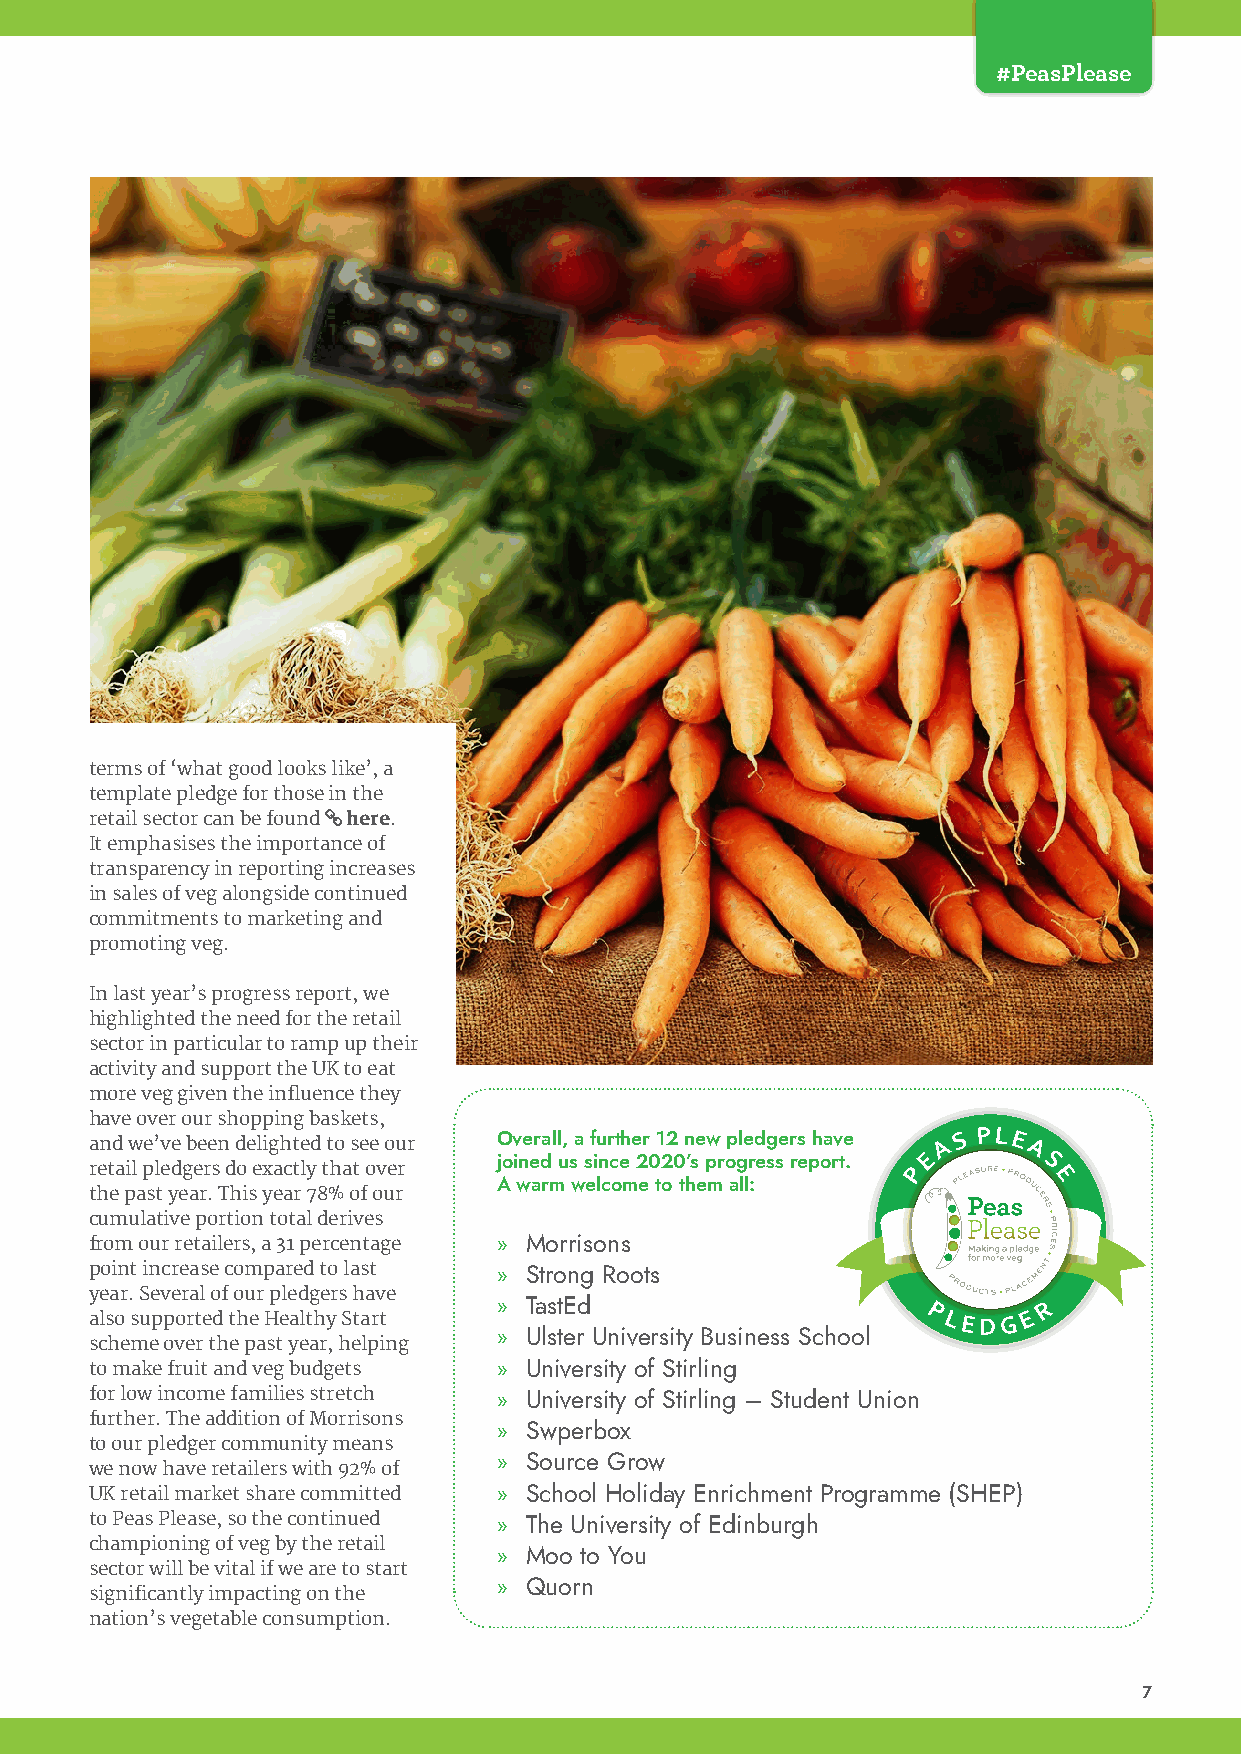
#PeasPlease
 terms of ‘what good looks like’, a
 template pledge for those in the
 retail sector can be found here.
 It emphasises the importance of
 transparency in reporting increases
 in sales of veg alongside continued
 commitments to marketing and
 promoting veg.
 In last year’s progress report, we
 highlighted the need for the retail
 sector in particular to ramp up their
 activity and support the UK to eat
 more veg given the influence they
 have over our shopping baskets,
 and we’ve been delighted to see our Overall, a further 12 new pledgers have E A S PLE A
 joined us since 2020’s progress report. S
 retail pledgers do exactly that over                  P
 E
 A warm welcome to them all:
 the past year. This year 78% of our
 cumulative portion total derives
 from our retailers, a 31 percentage » Morrisons
 point increase compared to last » Strong Roots
 year. Several of our pledgers have
 » TastEd                            R
 also supported the Healthy Start                       PLED G E
 » Ulster University Business School
 scheme over the past year, helping
 to make fruit and veg budgets » University of Stirling
 for low income families stretch » University of Stirling – Student Union
 further. The addition of Morrisons
 » Swperbox
 to our pledger community means
 » Source Grow
 we now have retailers with 92% of
 UK retail market share committed » School Holiday Enrichment Programme (SHEP)
 to Peas Please, so the continued » The University of Edinburgh
 championing of veg by the retail
 » Moo to You
 sector will be vital if we are to start
 » Quorn
 significantly impacting on the
 nation’s vegetable consumption.
 7